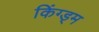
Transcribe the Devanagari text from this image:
किंग्ड्म